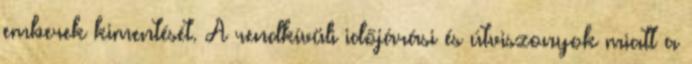
emberek kimentését. A rendkívüli időjárási és útviszonyok miatt a